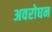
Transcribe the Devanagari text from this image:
अवरोघन